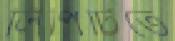
লিপিটিতে